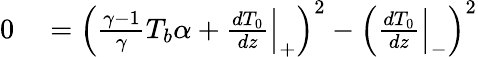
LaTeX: \begin{array}{rl}{0}&{{}=\left(\frac{\gamma-1}{\gamma}T_{b}\alpha+\frac{d{T}_{0}}{dz}\Big|_{+}\right)^{2}-\left(\frac{d{T}_{0}}{dz}\Big|_{-}\right)^{2}}\end{array}